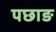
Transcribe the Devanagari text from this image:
पछाङ